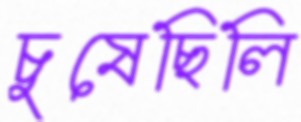
চুষেছিলি